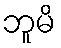
ဘူမိ